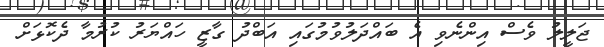
ޖަލީލު ވެސް އިންނެވި އެ ބައްދަލުވުމުގައި އަބްދު ގާޒީ ހައްޔަރު ކުރުމާ ދެކޮޅަށް